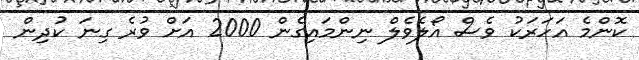
ކޮންމެ އަހަރަކު ވެސް އޯލެވެލް ނިންމައިގެން 2000 އަށް ވުރެ ގިނަ ކުދިން